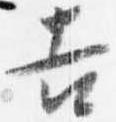
吉